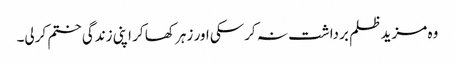
وہ مزید ظلم برداشت نہ کرسکی اور زہر کھا کر اپنی زندگی ختم کرلی۔